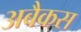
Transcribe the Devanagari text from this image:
अबैकस